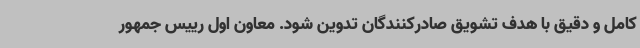
کامل و دقیق با هدف تشویق صادرکنندگان تدوین شود. معاون اول رییس جمهور